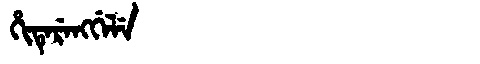
Manchu: ᡥᡳᡨᡝᡵᡝᠩᡤᡝᠯᡝ
Romanization: HITERENGGELE